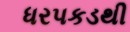
ધરપકડથી